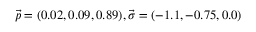
\vec { p } = ( 0 . 0 2 , 0 . 0 9 , 0 . 8 9 ) , \vec { \sigma } = ( - 1 . 1 , - 0 . 7 5 , 0 . 0 )